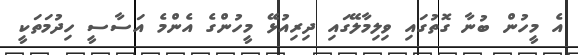
އެ މީހުން ބުނާ ގޮތުގައި ވިލިމާލޭގައި ދިރިއުޅޭ މީހުންގެ އެންމެ އަސާސީ ހިދުމަތަކީ